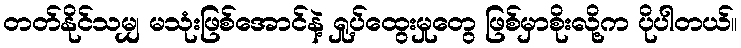
တတ်နိုင်သမျှ မသုံးဖြစ်အောင်နဲ့ ရှု့ပ်ထွေးမှုတွေ ဖြစ်မှာစိုးလို့က ပိုပါတယ်။